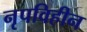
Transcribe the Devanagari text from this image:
नृपविहीन